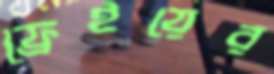
ফ্রেইয়ের